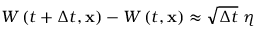
W \left( t + \Delta t , \mathbf { x } \right) - W \left( t , \mathbf { x } \right) \approx \sqrt { \Delta t } \ \eta